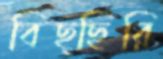
বিছ্ছিরি